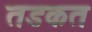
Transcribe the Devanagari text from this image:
तडकत